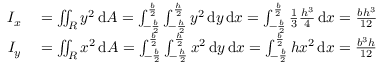
\begin{array} { r l } { I _ { x } } & { { } = \iint _ { R } y ^ { 2 } \, \mathrm { d } A = \int _ { - { \frac { b } { 2 } } } ^ { \frac { b } { 2 } } \int _ { - { \frac { h } { 2 } } } ^ { \frac { h } { 2 } } y ^ { 2 } \, \mathrm { d } y \, \mathrm { d } x = \int _ { - { \frac { b } { 2 } } } ^ { \frac { b } { 2 } } { \frac { 1 } { 3 } } { \frac { h ^ { 3 } } { 4 } } \, \mathrm { d } x = { \frac { b h ^ { 3 } } { 1 2 } } } \\ { I _ { y } } & { { } = \iint _ { R } x ^ { 2 } \, \mathrm { d } A = \int _ { - { \frac { b } { 2 } } } ^ { \frac { b } { 2 } } \int _ { - { \frac { h } { 2 } } } ^ { \frac { h } { 2 } } x ^ { 2 } \, \mathrm { d } y \, \mathrm { d } x = \int _ { - { \frac { b } { 2 } } } ^ { \frac { b } { 2 } } h x ^ { 2 } \, \mathrm { d } x = { \frac { b ^ { 3 } h } { 1 2 } } } \end{array}